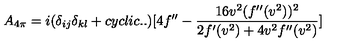
A _ { 4 \pi } = i ( \delta _ { i j } \delta _ { k l } + c y c l i c . . ) [ 4 f ^ { \prime \prime } - { \frac { 1 6 v ^ { 2 } ( f ^ { \prime \prime } ( v ^ { 2 } ) ) ^ { 2 } } { 2 f ^ { \prime } ( v ^ { 2 } ) + 4 v ^ { 2 } f ^ { \prime \prime } ( v ^ { 2 } ) } } ]